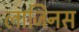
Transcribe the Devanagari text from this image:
लाजिनस